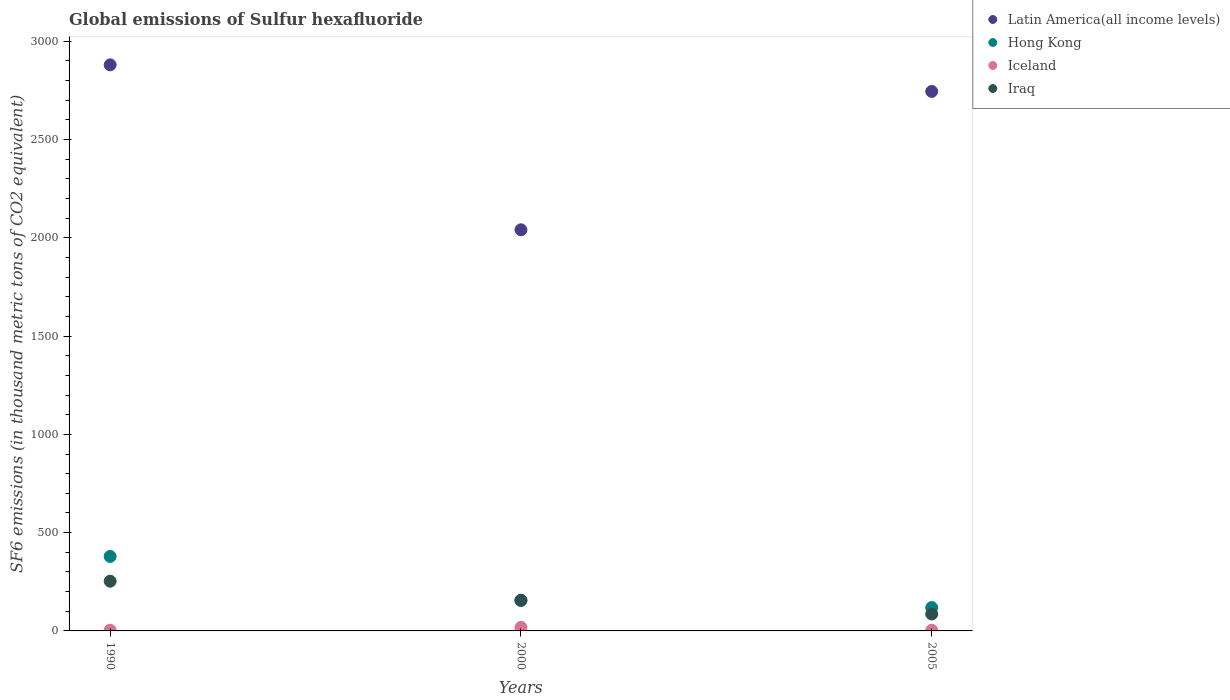
| Years | Latin America(all income levels) | Hong Kong | Iceland | Iraq |
 | --- | --- | --- | --- | --- |
 | 1990 | 2.88e+03 | 379 | 3.5 | 253 |
 | 2000 | 2.04e+03 | 155 | 17.9 | 156 |
 | 2005 | 2.74e+03 | 119 | 3.5 | 86 |